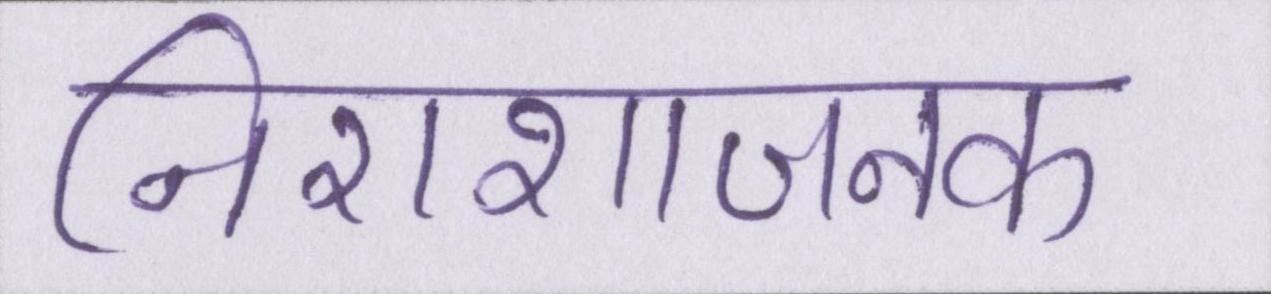
निराशाजनक